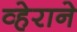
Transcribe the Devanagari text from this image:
व्हेराने